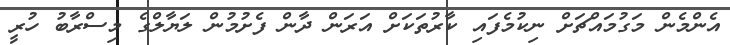
އެންމެން މަގުމައްޗަށް ނިކުމެފައި ކާރުތަކަށް އަރަން ދާން ފެށުމުން ލަޔާލްގެ މިސްރާބު ހުރީ